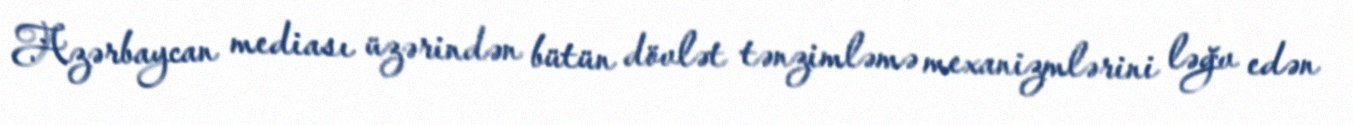
Azərbaycan mediası üzərindən bütün dövlət tənzimləmə mexanizmlərini ləğv edən